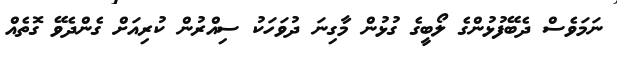
ނަމަވެސް ދެބޭފުޅުންގެ ލޯބީގެ ގުޅުން މާގިނަ ދުވަހަކު ސިއްރުން ކުރިއަށް ގެންދެވޭ ގޮތެއް